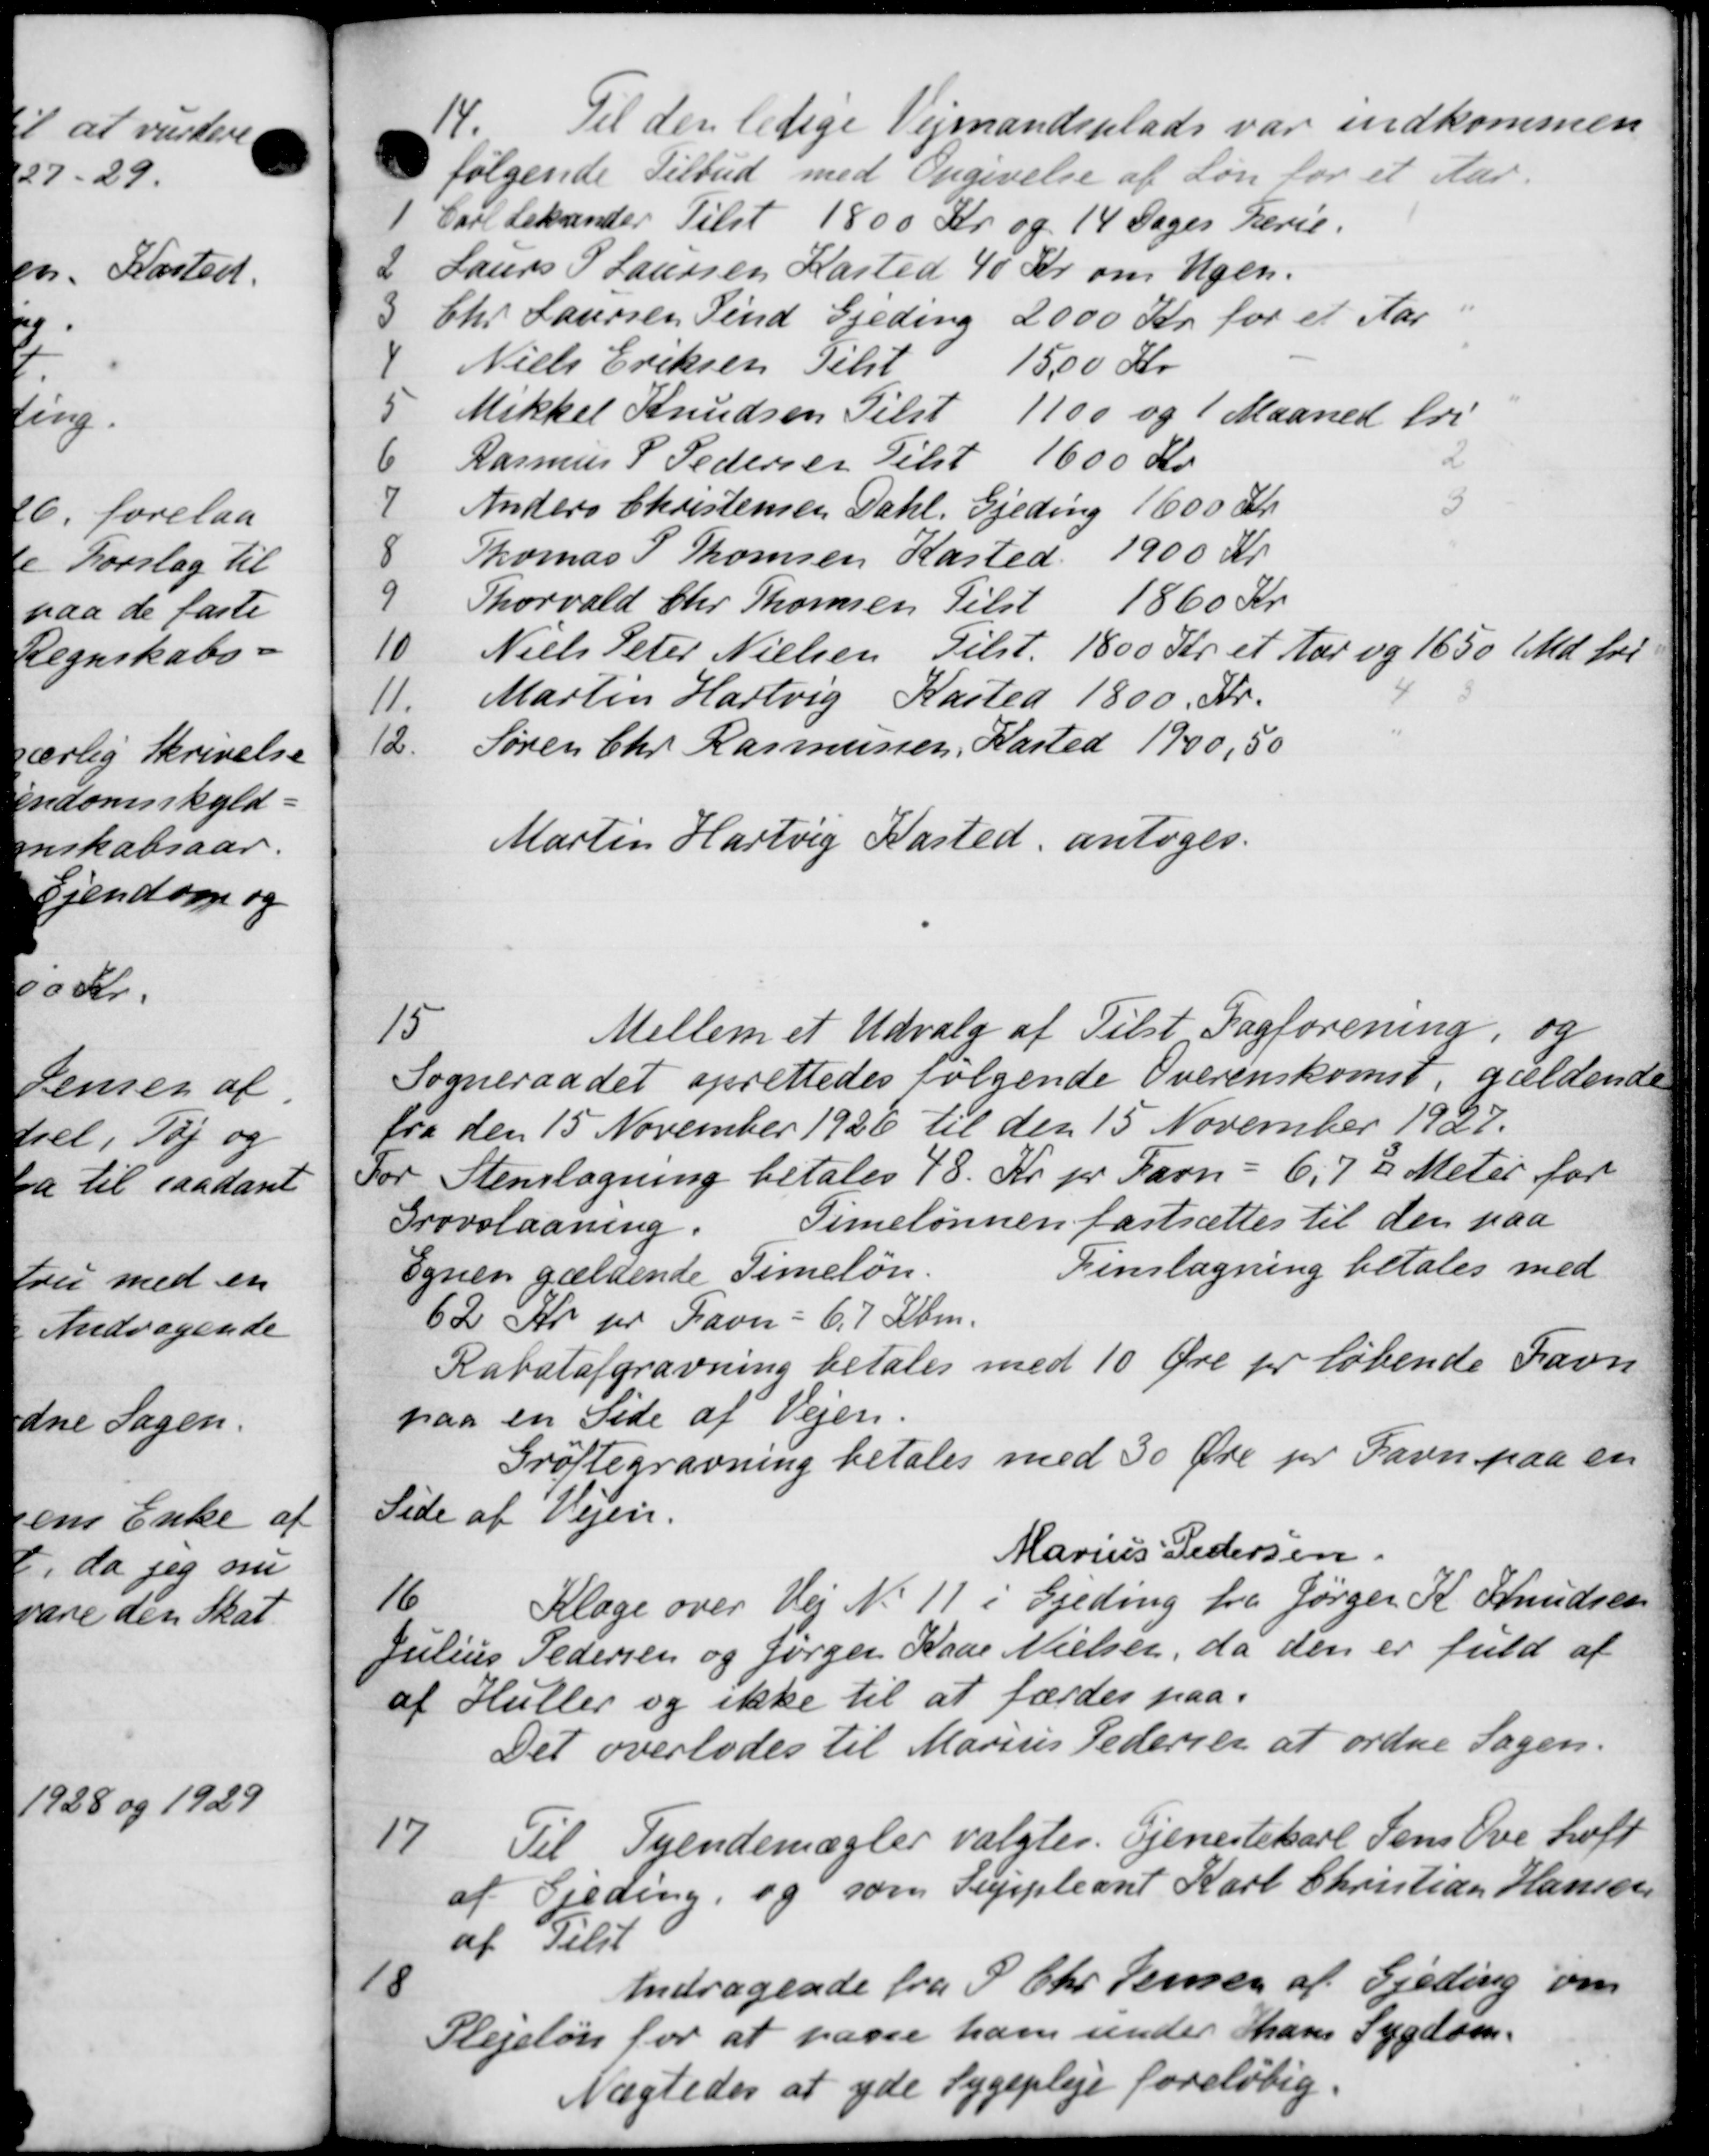
Transskription:
14
Til den ledige Vejmandsplads var indkommen
følgende Tilbud med Opgivelse af Løn for et Aar.
1. Carl Lekander Tilst 1800 Kr. og 14 Dages Ferie.
2 Laurs P Laursen Kasted 40 Kr. om Ugen.
3 Chr. Laursen Find Gjeding 2000 Kr. for et Aar i
4 Niels Eriksen Tilst 1500 Kr
5 Mikkel Knudsen Tilst 1100 og 1 Maaned fri
6 Rasmus P Pedersen Tilst 1600 Kr
2
7 Anders Christensen Dahl. Gjeding 1600 Kr.
3
8 Thomas P. Thomsen Kasted. 1900 Kr.
9 Thorvald Chr Thomsen Tilst 1860 Kr.
10 Niels Peter Nielsen Tilst. 1800 Kr. et Aar og 1650 Md for
11. Martin Hartvig Kasted 1800 Kr.
12. Søren Chr Rasmussen, Kasted 1900,50
Martin Hartvig Kasted, antoges.
15
Mellem et Udvalg af Tilst Fagforening, og
Sogneraadet oprettedes følgende Overenskomst, gældende
fra den 15 November 1926 til den 15 November 1927.
For Stemlægning betales 78 Kr pr Favn - 6,7 ½ Meter for
Grovslaaning.
Timelønnen fastsættes til den paa
Egnen gældende Timeløn.
Fremlægning betales med
62 Kr pr Favn - 67 Kbm.
Rabatafgravning betales med 10 Øre pr løbende Favn
paa en Side af Vejen.
Grøftegravning betales med 30 Øre pr Favn paa en
Side af Vejen.
Marius Pedersen
16
Klage over Vej No 11 i Ejeding fra Jørger K. Knudsen
Julius Pedersen og Jørger Kaar Nielsen, da den er fuld af
af Huller og ikke til at færdes paa
Det overlodes til Marius Pedersen at ordne Sagen.
17
Til Tyendemægler valgtes Tjenestekarl Jens Ove hoff
af Gjeding, og som Suppleant Karl Christian Hansen
af Tilst
Gjeding om
18
Andragende fra P. Chr. Jensen af
Sygdom.
Plejeløn for at passe ham under hans
Nægtedes at yde Sygepleje foreløbig.